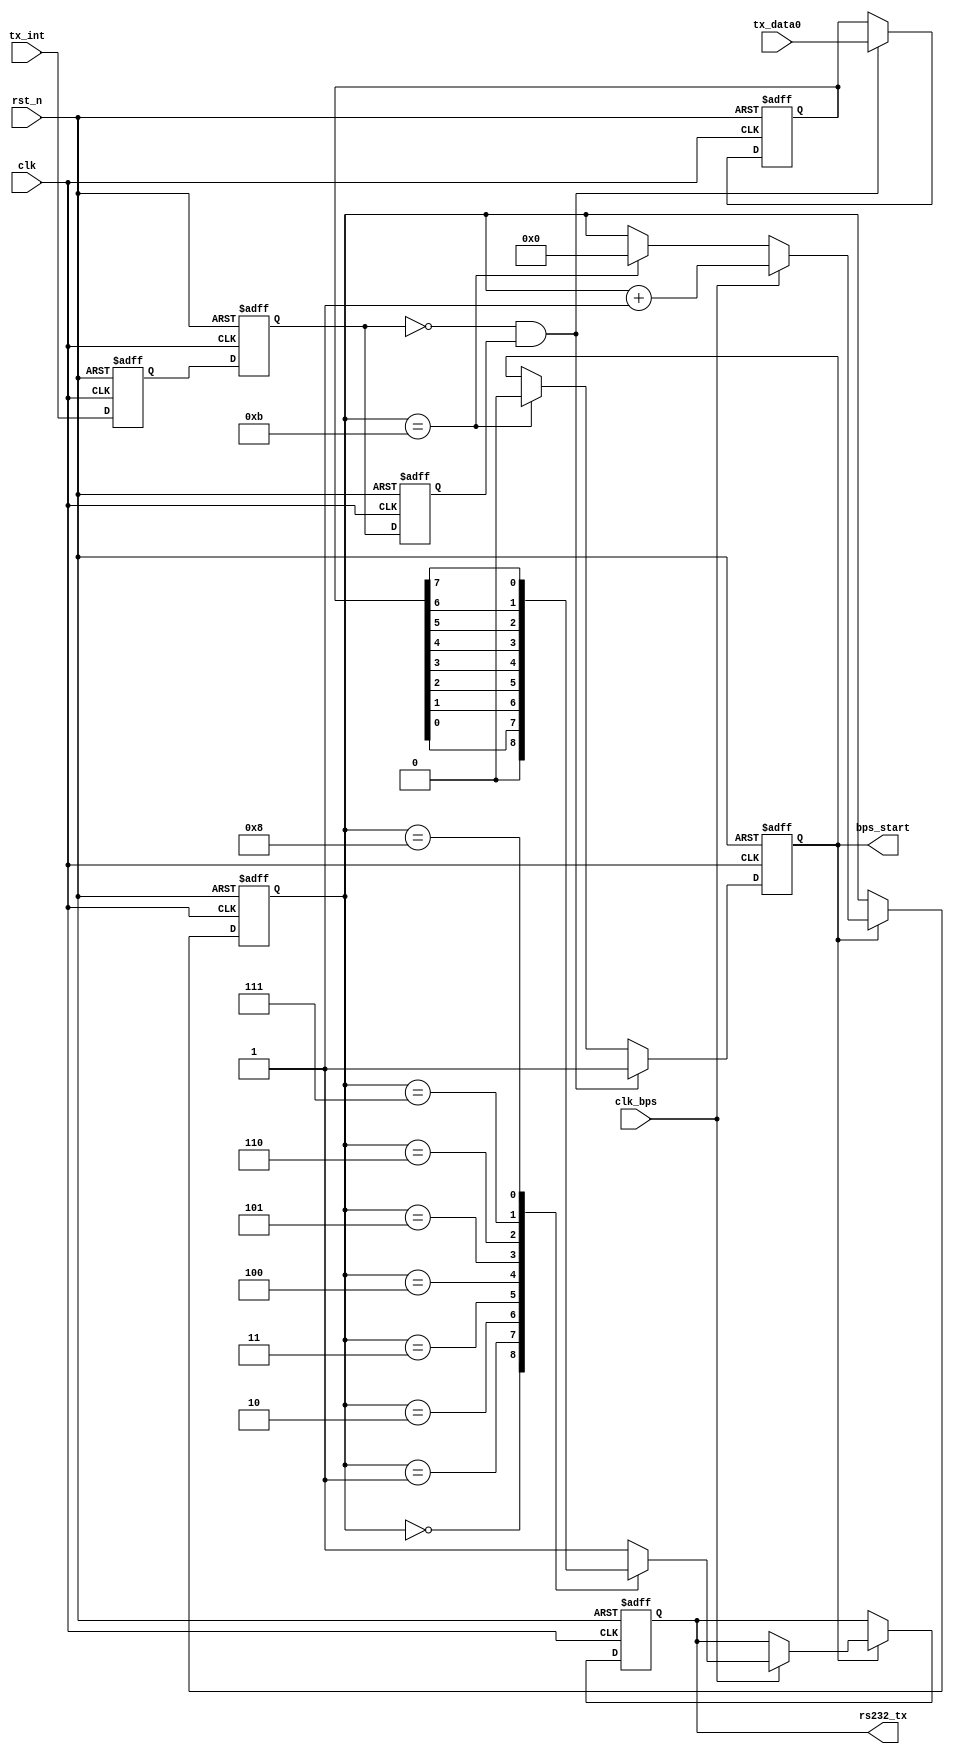
`timescale 1ns / 1ps
////////////////////////////////////////////////////////////////////////////////
// Company: 
// Engineer:
//
// Design Name:    
// Module Name:    my_uart_rx
// Project Name:   
// Target Device:  
// Tool versions:  
// Description:
//
// Dependencies:
// 
// Revision:
// Revision 0.01 - File Created
// Additional Comments:
// 
////////////////////////////////////////////////////////////////////////////////
module my_uart_tx(
				clk,
				rst_n,
				
				tx_data0,
				tx_int,
				
				rs232_tx,
				clk_bps,
				bps_start
			);

input clk;			// 50MHz
input rst_n;		//
input clk_bps;		// clk_bps_r,
input[7:0] tx_data0;	//
input tx_int;		//

output rs232_tx;	// RS232
output bps_start;	//

//---------------------------------------------------------
reg tx_int0,tx_int1,tx_int2;	//tx_int
wire neg_tx_int;	// tx_int

always @ (posedge clk or negedge rst_n) begin
	if(!rst_n) begin
			tx_int0 <= 1'b0;
			tx_int1 <= 1'b0;
			tx_int2 <= 1'b0;
		end
	else begin
			tx_int0 <= tx_int;
			tx_int1 <= tx_int0;
			tx_int2 <= tx_int1;
		end
end

assign neg_tx_int =  ~tx_int1 & tx_int2;	//neg_tx_int

//---------------------------------------------------------
reg[7:0] tx_data;	//
//---------------------------------------------------------
reg bps_start_r;
reg[3:0] num;

always @ (posedge clk or negedge rst_n) begin
	if(!rst_n) begin
			bps_start_r <= 1'b0;
			tx_data <= 8'd0;
		end
	else if(neg_tx_int) begin	//
			bps_start_r <= 1'b1;
			tx_data <= tx_data0;	//
		end
	else if(num==4'd11) begin	//
			bps_start_r <= 1'b0;
		end
end

assign bps_start = bps_start_r;

//---------------------------------------------------------
reg rs232_tx_r;

always @ (posedge clk or negedge rst_n) begin
	if(!rst_n) begin
			num <= 4'd0;
			rs232_tx_r <= 1'b1;
		end
	else if(bps_start_r) begin
			if(clk_bps)	begin
					num <= num+1'b1;
					case (num)
						4'd0: rs232_tx_r <= 1'b0; 	//
						4'd1: rs232_tx_r <= tx_data[0];	//bit0
						4'd2: rs232_tx_r <= tx_data[1];	//bit1
						4'd3: rs232_tx_r <= tx_data[2];	//bit2
						4'd4: rs232_tx_r <= tx_data[3];	//bit3
						4'd5: rs232_tx_r <= tx_data[4];	//bit4
						4'd6: rs232_tx_r <= tx_data[5];	//bit5
						4'd7: rs232_tx_r <= tx_data[6];	//bit6
						4'd8: rs232_tx_r <= tx_data[7];	//bit7
						4'd9: rs232_tx_r <= 1'b1;	//
					 	default: rs232_tx_r <= 1'b1;
						endcase
				end
			else if(num==4'd11) num <= 4'd0;	//
		end
end

assign rs232_tx = rs232_tx_r;

endmodule